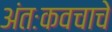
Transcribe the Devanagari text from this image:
अंतःकवचाचे